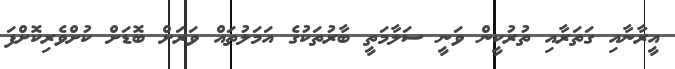
އީރާނާއި ގަތަރާއި ތުރުކީން ވަނީ ސަލާމަތީ ބާރުތަކުގެ އަމަލުތައް ވަރަށް ބޮޑަށް ކުށްވެރިކޮށްފަ